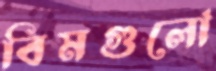
বিমগুলো